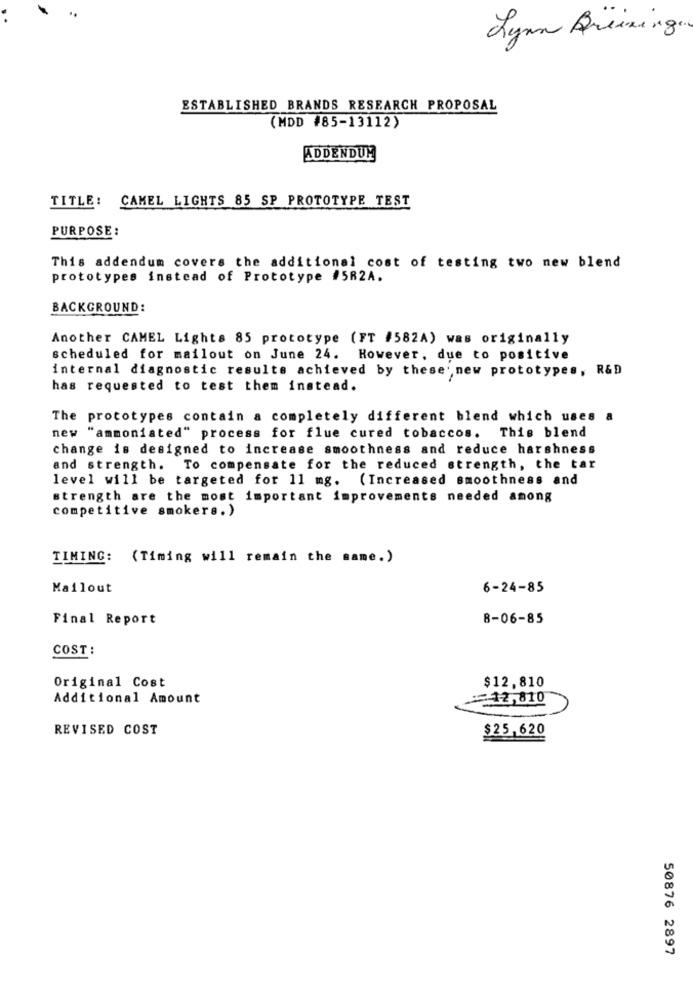
Lynn Breaking.
ESTABLISHED BRANDS RESEARCH PROPOSAL
(MDD #85-13112)
ADDENDUM
TITLE: CAMEL LIGHTS 85 SP PROTOTYPE TEST
PURPOSE:
This addendum covers the additional cost of testing two new blend
prototypes instead of Prototype #582A.
BACKGROUND:
Another CAMEL Lights 85 prototype (FT #582A) was originally
scheduled for mailout on June 24. However, due to positive
internal diagnostic results achieved by these new prototypes, R&D
has requested to test them instead.
The prototypes contain a completely different blend which uses a
new
"ammoniated" process for flue cured tobaccos. This blend
change is designed to increase smoothness and reduce harshness
and strength. To compensate for the reduced strength, the tar
level will be targeted for 11 mg. (Increased smoothness and
strength are the most important improvements needed among
competitive smokers.)
TIMING: (Timing will remain the same.)
Mailout
6-24-85
Final Report
8-06-85
COST :
Original Cost
$12,810
Additional Amount
:12,810
REVISED COST
$25,620
50876 2897